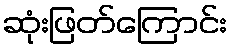
ဆုံးဖြတ်ကြောင်း